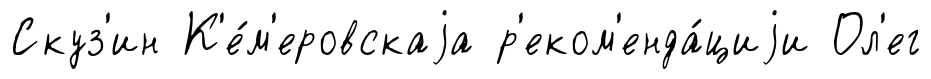
Скуз'ин К'е́м'еровскаjа р'еком'енда́циjи Ол'ег